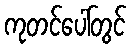
ကုတင်ပေါ်တွင်